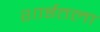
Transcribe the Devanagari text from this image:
शाईतला